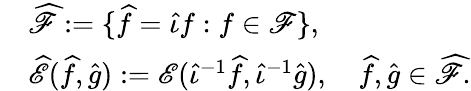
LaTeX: \begin{array}{rl}&{\widehat{\mathscr F}:=\{ \widehat f=\widehat\iota f:f\in{\mathscr F}\} ,}\\ &{\widehat{\mathscr E}(\widehat f,\widehat g):={\mathscr E}(\widehat{\iota}^{-1}\widehat f,\widehat{\iota}^{-1}\widehat g),\quad\widehat f,\widehat g\in\widehat{\mathscr F}.}\end{array}